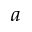
^ { a }